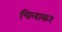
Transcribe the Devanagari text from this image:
चिलाकर